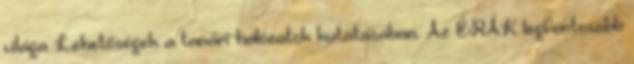
világa Lehetőségek a tanári hálózatok kutatásában. Az ÉRÁK legfontosabb